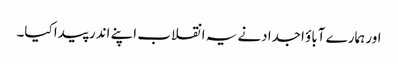
اور ہمارے آباؤ اجدادنے یہ انقلاب اپنے اندر پیدا کیا۔